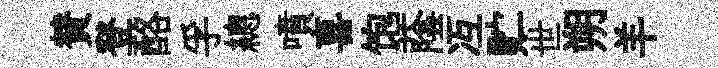
賛登酪孚總噴喜饱蔭冱贮世朔羊